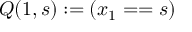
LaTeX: Q ( 1 , s ) : = ( x _ { 1 } = = s )